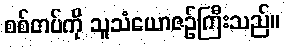
စစ်တပ်ကို သူသံယောဇဉ်ကြီးသည်။